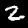
Digit: 2